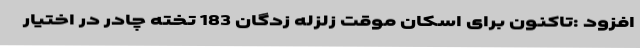
افزود :تاکنون برای اسکان موقت زلزله زدگان 183 تخته چادر در اختیار